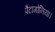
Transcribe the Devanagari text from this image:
पैटागोनिया।